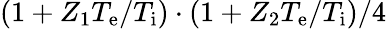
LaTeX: (1+Z_{1}T_{\mathrm{e}}/T_{\mathrm{i}})\cdot(1+Z_{2}T_{\mathrm{e}}/T_{\mathrm{i}})/4